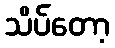
သိပ်တော့